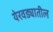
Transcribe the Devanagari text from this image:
येरवड्यातील